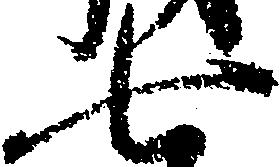
七